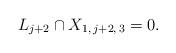
LaTeX: \begin{align*} L_{j+2} \cap X_{1, \, j+2, \, 3} = 0.\end{align*}